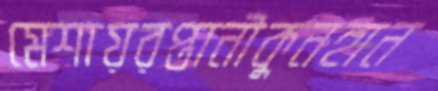
মেশায়রপ্তানীকুনহান